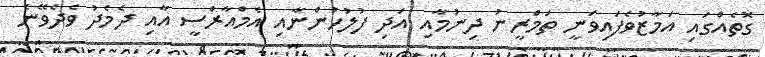
ގޮތެއްގައި އަމާޒުވެފައިވަނީ ތަމްރީނު ދިނުމާއި އަދި ފުލުހުންނާއި އެމްއާރްސީ އާއި ދެމެދު ވެދެވޭނެ